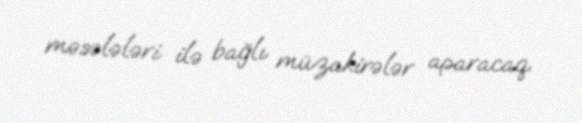
məsələləri ilə bağlı müzakirələr aparacaq.